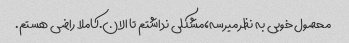
محصول خوبی به نظر میرسه،مشکلی نداشتم تا الان.کاملا راضی هستم.